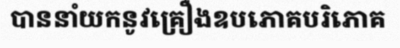
បាននាំយកនូវគ្រឿងឧបភោគបរិភោគ